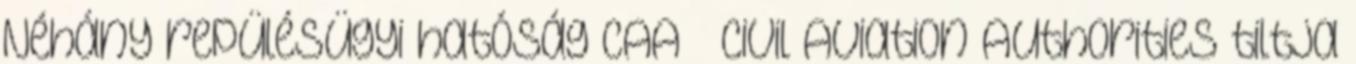
Néhány repülésügyi hatóság CAA – Civil Aviation Authorities tiltja